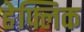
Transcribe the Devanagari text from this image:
हेफ्लिक